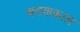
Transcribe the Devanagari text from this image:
श्रवणकाल